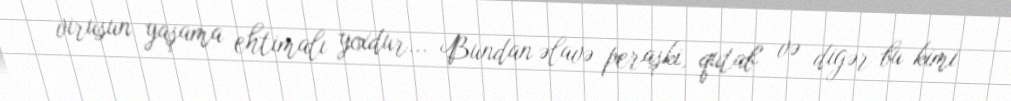
virusun yaşama ehtimalı yoxdur... Bundan əlavə peraşki, qutab və digər bu kimi